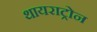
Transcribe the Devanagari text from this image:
थायराट्रोन